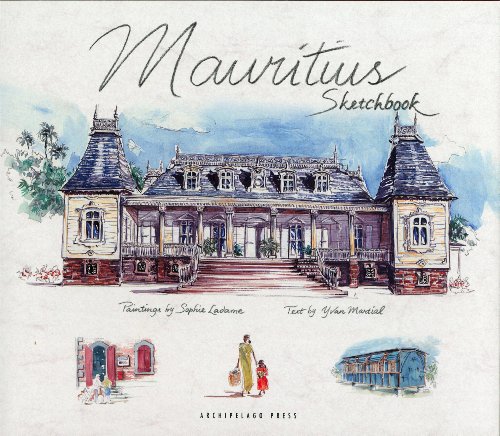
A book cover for Mauritius Sketchbook; Sophie Ladame; Travel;